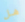
هل